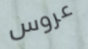
عروس